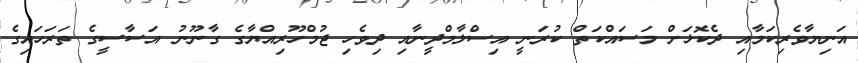
އަނިޔާވެރިކަމާއި ދެކޮޅަށް މަސައްކަތް ކުރަނީ އިސްލާމްދީނާއި ދިވެހި ޖުމްހޫރިއްޔާގެ ގާނޫނު އަސާސީގެ ތަރަހައިގެ